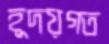
হূদয়গত